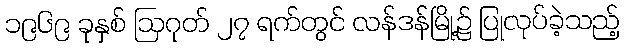
၁၉၆၉ ခုနှစ် ဩဂုတ် ၂၇ ရက်တွင် လန်ဒန်မြို့၌ ပြုလုပ်ခဲ့သည့်